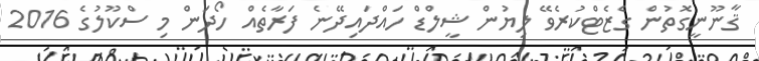
ޤާނޫނީގޮތުން ގެޒެޓްކުރެވޭ ލިޔުން ޝީލްޑް ހައްދައިދޭނެ ފަރާތެއް ހޯދަން މި ސްކޫލުގެ 2016